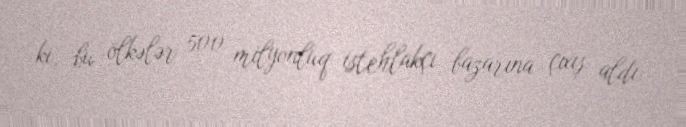
ki, bu ölkələr 500 milyonluq istehlakçı bazarına çıxış aldı.